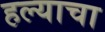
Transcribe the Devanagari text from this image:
हल्याचा